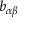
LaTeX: b _ { \alpha \beta }